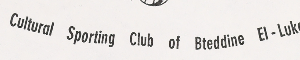
Cultural Sporting Club of Bteddine El-Lukch